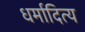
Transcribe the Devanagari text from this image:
धर्मादित्य